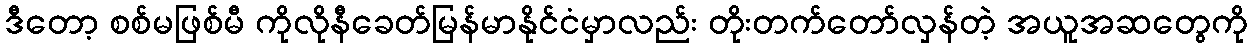
ဒီတော့ စစ်မဖြစ်မီ ကိုလိုနီခေတ်မြန်မာနိုင်ငံမှာလည်း တိုးတက်တော်လှန်တဲ့ အယူအဆတွေကို